Madras plague regulations in force outside the Presidency town - Volume 1
Disease focus: Plague
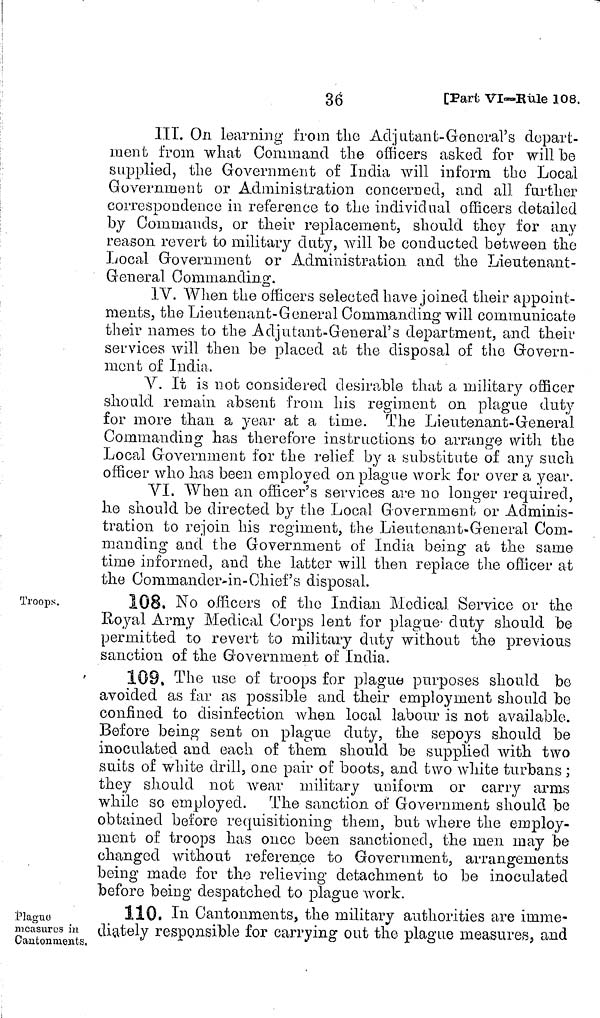
36
[Part VI-Rule 108,
III. On learning from the Adjutant-General's depart-
ment from what Command the officers asked for will be
supplied, the Government of India will inform the Local
Government or Administration concerned, and all further
correspondence in reference to the individual officers detailed
by Commands, or their replacement, should they for any
reason revert to military duty, will be conducted between the
Local Government or Administration and the Lieutenant-
General Commanding.
IV. When the officers selected have joined their appoint-
ments, the Lieutenant-General Commanding will communicate
their names to the Adjutant-General's department, and their
services will then be placed at the disposal of tile Govern-
ment of India.
V. It is not considered desirable that a military officer
should remain absent from his regiment on plague duty
for more than a year at a time. The Lieutenant-General
Commanding has therefore instructions to arrange with the
Local Government for the relief by a substitute of any such
officer who has been employed on plague work for over a year.
VI. When an officer's services are no longer required,
he should be directed by the Local Government or Adminis-
tration to rejoin his regiment, the Lieutenant-General Com-
manding and the Government of India being at the same
time informed, and the latter will then replace the officer at
the Commander-in-Chief's disposal.
Troops.
108. No officers of the Indian Medical Service or the
Royal Army Medical Corps lent for plague- duty should be
permitted to revert to military duty without the previous
sanction of the Government of India.
109, The use of troops for plague purposes should be
avoided as far as possible and their employment should be
confined to disinfection when local labour is not available.
Before being sent on plague duty, the sepoys should be
inoculated and each of them should be supplied Avith two
suits of white drill, one pair of boots, and two white turbans ;
they should not wear military uniform or carry arms
while so employed. The sanction of Government should be
obtained before requisitioning them, but where the employ-
ment of troops has once been sanctioned, the men may be
changed without reference to Government, arrangements
being made for the relieving detachment to be inoculated
before being despatched to plague work.
Plague
measures in
Cantonments,
110. In Cantonments, the military authorities are imme-
diately responsible for carrying out the plague measures, and